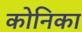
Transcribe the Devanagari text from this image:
कोनिका